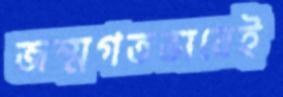
জন্মগতভাবেই